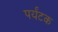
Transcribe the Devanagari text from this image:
पर्यंटक